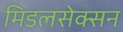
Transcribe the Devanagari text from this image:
मिडलसेक्सन